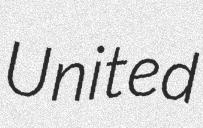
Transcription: United